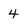
Character: 4